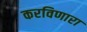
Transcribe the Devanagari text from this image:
करविणारा